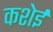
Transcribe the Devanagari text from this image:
कशेई